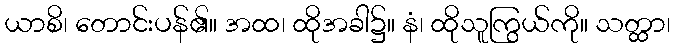
ယာစိ၊ တောင်းပန်၏။ အထ၊ ထိုအခါ၌။ နံ၊ ထိုသူကြွယ်ကို။ သတ္ထာ၊